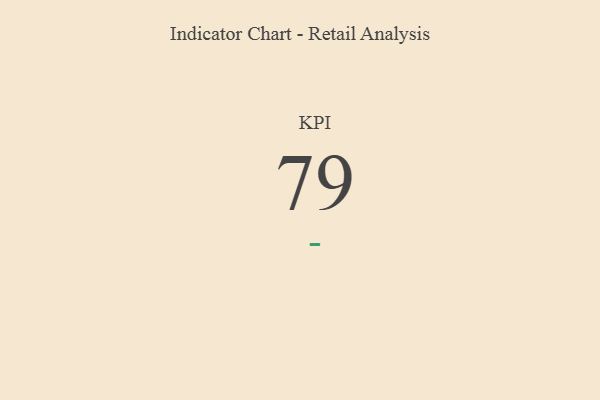
{"axis": {"x": "KPI", "y": "Value"}, "legend": [""], "data": [{"x": "KPI", "y": 79, "type": ""}]}